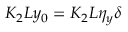
K _ { 2 } L y _ { 0 } = K _ { 2 } L \eta _ { y } \delta